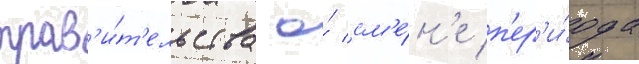
прав'и́т'ельства о́ см'е́н'е п'ер'и́ода